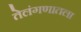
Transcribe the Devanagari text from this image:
तेलंगणातला